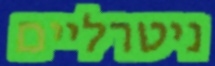
ניטרליים